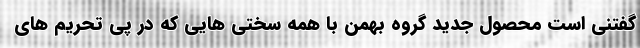
گفتنی است محصول جدید گروه بهمن با همه سختی هایی که در پی تحریم های